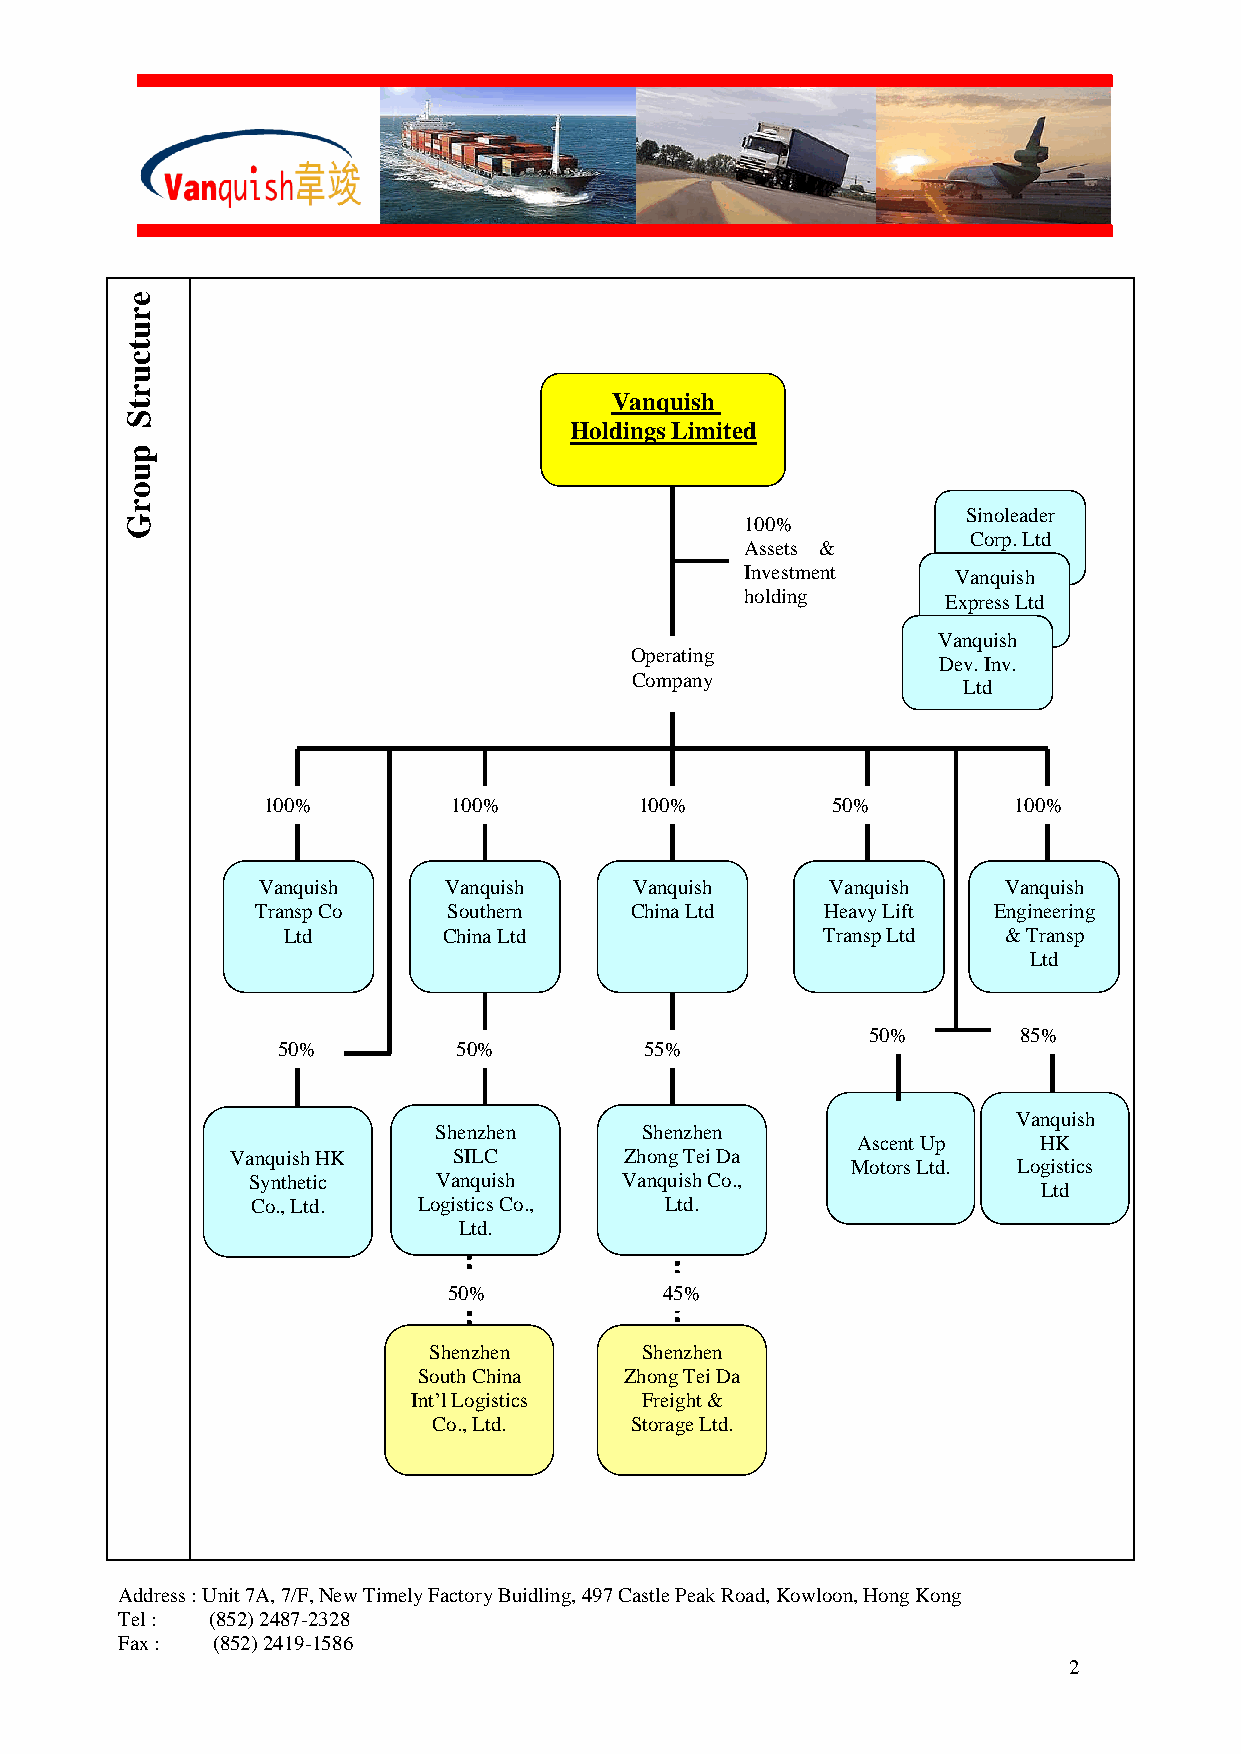
e
 r
 u
 t
 c
 u
 r
 Vanquish
 t
 S
 Holdings Limited
 p
 u
 o
 r
 Sinoleader
 G                                        100%
 Corp. Ltd
 Assets &
 Investment    Vanquish
 holding       Express Ltd
 Vanquish
 Operating
 Dev. Inv.
 Company
 Ltd
 100%         100%        100%         50%         100%
 Vanquish    Vanquish     Vanquish     Vanquish   Vanquish
 Transp Co    Southern    China Ltd   Heavy Lift  Engineering
 Ltd       China Ltd                Transp Ltd  & Transp
 Ltd
 50%      85%
 50%         50%          55%
 Vanquish
 Shenzhen     Shenzhen
 Ascent Up   HK
 Vanquish HK    SILC       Zhong Tei Da
 Motors Ltd. Logistics
 Synthetic    Vanquish    Vanquish Co.,
 Ltd
 Co., Ltd.  Logistics Co.,  Ltd.
 Ltd.
 50%           45%
 Shenzhen      Shenzhen
 South China  Zhong Tei Da
 Int’l Logistics Freight &
 Co., Ltd.    Storage Ltd.
 Address : Unit 7A, 7/F, New Timely Factory Buidling, 497 Castle Peak Road, Kowloon, Hong Kong
 Tel : (852) 2487-2328
 Fax : (852) 2419-1586
 2